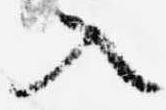
入